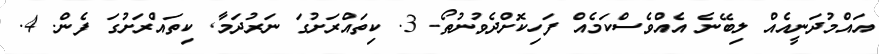
އަައްމުދަނީއެއް ލިބޭނެ އެއްވެސްކަމެއް ފަހިކޮށްދެވުނުތޯ. 3. ކިތައްރަށުގަ ނަރުދަމާ